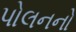
પોલનનો